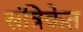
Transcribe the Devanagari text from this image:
संत्रिकेत